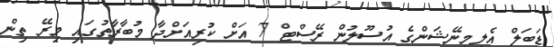
ޑަބަލް އެލިމިނޭޝަންގެ އުސޫލުން ރޭސްޓް 7 އަށް ކުރިއަށްދާ މުބާރާތުގައި މިރޭ ތިން